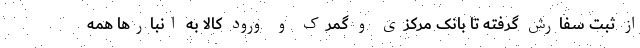
از ثبت سفارش گرفته تا بانک مرکزی و گمرک و ورود کالا به انبارها همه